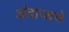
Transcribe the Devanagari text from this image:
अंदाजाचे